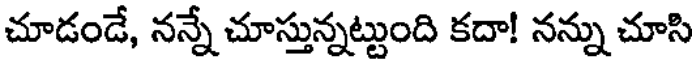
చూడండే, నన్నే చూస్తున్నట్టుంది కదా! నన్ను చూసి